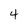
Character: 4